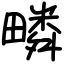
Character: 疄